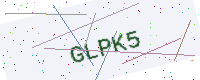
Text: GLPK5